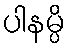
ပါနမ္ပိ